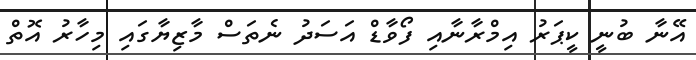
އޭނާ ބުނީ ކީޕަރު އިމްރާނާއި ފޯވާޑް އަސަދު ނެތަސް މާޒިޔާގައި މިހާރު އޮތް